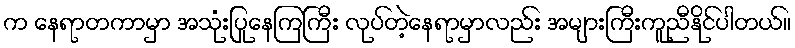
က နေရာတကာမှာ အသုံးပြုနေကြကြီး လုပ်တဲ့နေရာမှာလည်း အများကြီးကူညီနိုင်ပါတယ်။